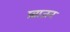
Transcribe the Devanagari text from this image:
प्र्व्राजन